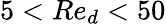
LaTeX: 5<Re_{d}<50